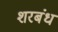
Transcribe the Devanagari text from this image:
शरबंध